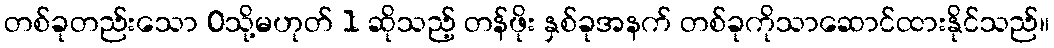
တစ်ခုတည်းသော 0သို့မဟုတ် 1 ဆိုသည့် တန်ဖိုး နှစ်ခုအနက် တစ်ခုကိုသာဆောင်ထားနိုင်သည်။